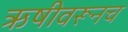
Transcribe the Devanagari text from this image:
ऋषीवरूनच